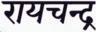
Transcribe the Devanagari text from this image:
रायचन्द्र